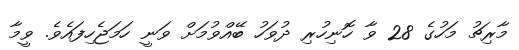
މާރިޗު މަހުގެ 28 ވާ ހޮނިހުރި ދުވަހު ބޭއްވުމަށް ވަނީ ހަމަޖެހިފައެވެ. ވީމާ